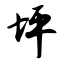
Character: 坪